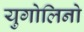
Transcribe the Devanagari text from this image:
युगोलिनो